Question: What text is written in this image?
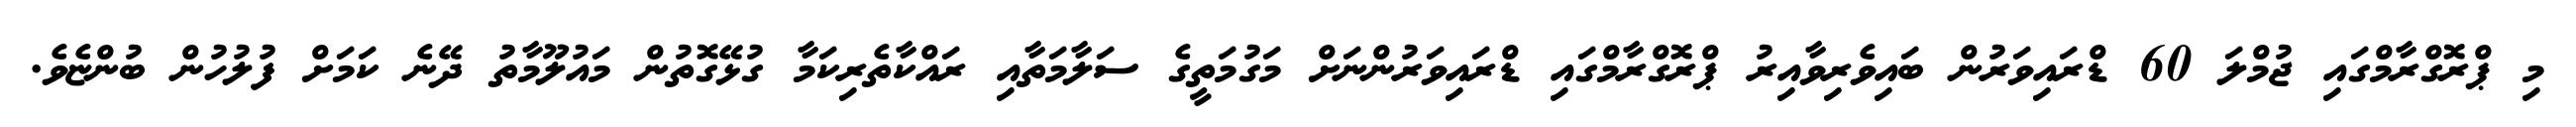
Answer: މި ޕްރޮގްރާމްގައި ޖުމްލަ 60 ޑްރައިވަރުން ބައިވެރިވާއިރު ޕްރޮގްރާމްގައި ޑްރައިވަރުންނަށް މަގުމަތީގެ ސަލާމަތާއި ރައްކާތެރިކަމާ ގުޅޭގޮތުން މައުލޫމާތު ދޭނެ ކަމަށް ފުލުހުން ބުންޏެވެ.